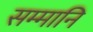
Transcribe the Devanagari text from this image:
सम्मानि